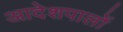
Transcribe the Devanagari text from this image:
आदेशपालों